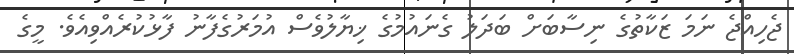
ޖެހިއްޖެ ނަމަ ޒަކާތުގެ ނިސާބަށް ބަދަލު ގެނައުމުގެ ޚިޔާލުވެސް އުމަރުގެފާނު ފާޅުކުރެއްވިއެވެ. މީގެ